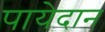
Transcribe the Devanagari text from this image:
पायेदान